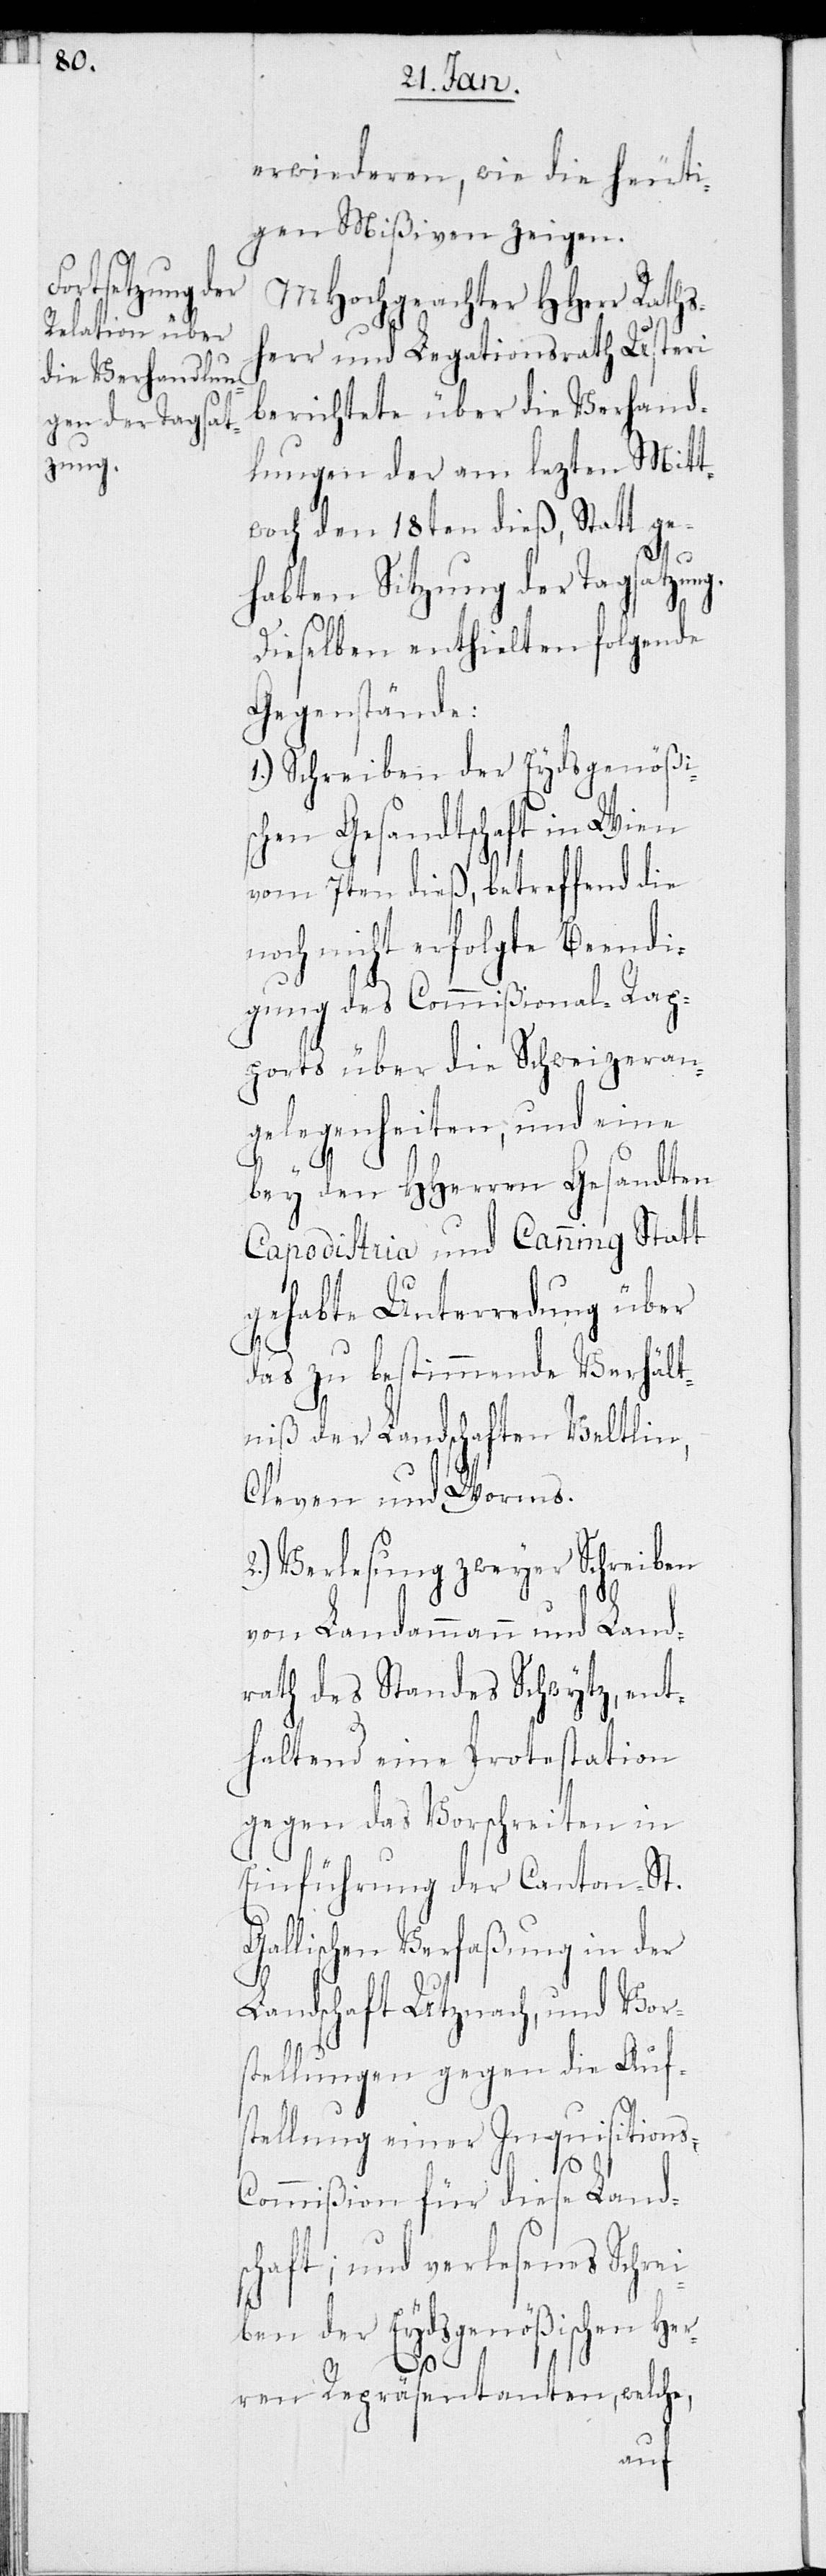
erwiederen, wie die heuti¬
gen Mißiven zeigen.
MHochgeachter HHerr Raths¬
herr und Legationsrath Usteri
berichtete über die Verhand¬
lungen der am lezten Mitt¬
woch den 18ten dieß, Statt ge¬
habten Sitzung der Tagsatzung.
Dieselben enthielten folgende
Gegenstände.
1.) Schreiben der Eydsgenößis¬
chen Gesandtschaft in Wien
vom 7ten dieß, betreffend die
noch nicht erfolgte Beendi¬
gung des Commißional-Rap¬
ports über die Schweizeran¬
gelegenheiten, und eine
bey den HHerren Gesandten
Capodistria und Canning Statt
gehabte Unterredung über
das zu bestimmende Verhält¬
niß der Landschaften Veltlin,
Cleven und Worms.
Verlesung zweyer Schreiben
von Landammann und Land¬
rath des Standes Schwytz, ent¬
haltend eine Protestation
gegen das Vorschreiten in
Einführung der Canton-St.
llischen Verfaßung in der
Landschaft Utznach, und Vor¬
stellungen gegen die Auf¬
stellung einer Inquisitions-C¬
Ga¬
ommißion für diese Land¬
schaft; und verlesenes Schrei¬
ben der Eydsgenößischen Her¬
ren Repräsentanten, welche,